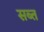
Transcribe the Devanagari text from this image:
सब्त